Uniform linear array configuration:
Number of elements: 8
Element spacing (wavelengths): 0.25
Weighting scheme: hann
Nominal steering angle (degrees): -30
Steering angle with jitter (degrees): -29.307
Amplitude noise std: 0.05
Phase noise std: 0.05

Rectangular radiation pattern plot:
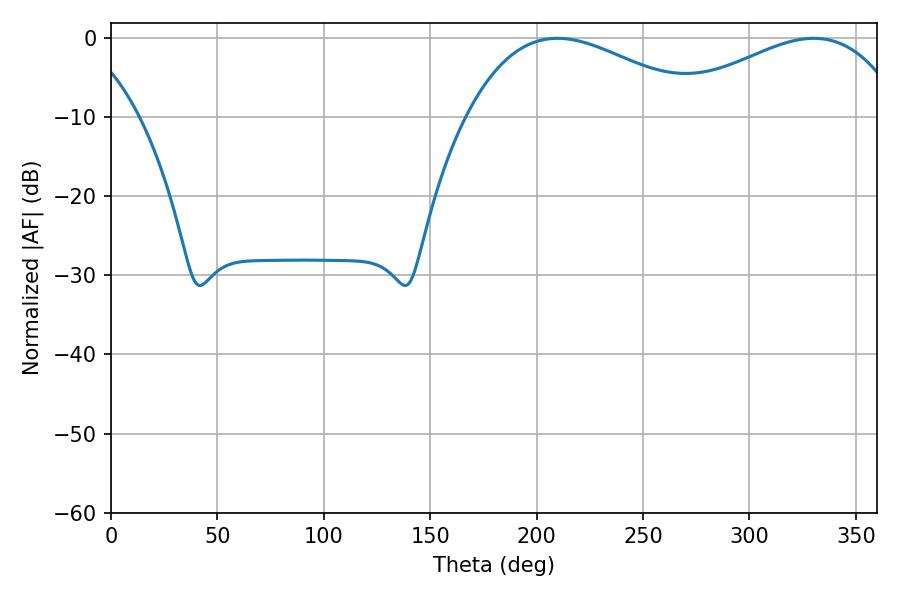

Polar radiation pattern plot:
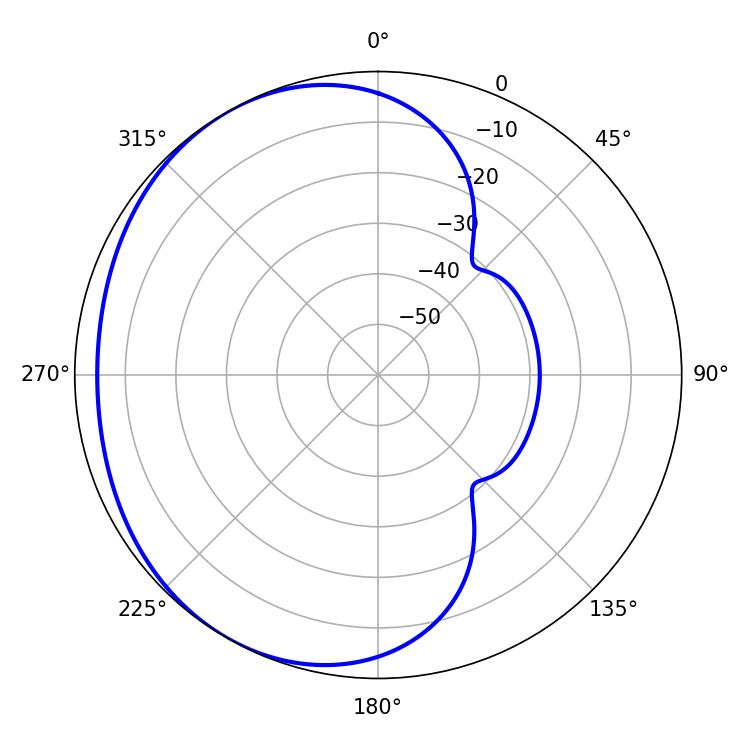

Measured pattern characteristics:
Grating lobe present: FALSE
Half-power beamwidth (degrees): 61.56
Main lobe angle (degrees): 209.7